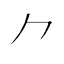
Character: ⺈